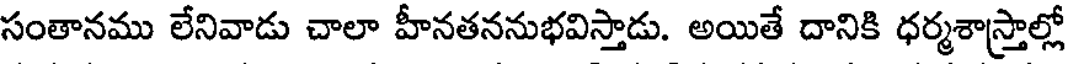
సంతానము లేనివాడు చాలా హీనతననుభవిస్తాడు. అయితే దానికి ధర్మశాస్త్రాల్లో